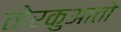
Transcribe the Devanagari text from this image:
तोरकुआतो